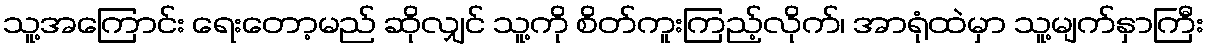
သူ့အကြောင်း ရေးတော့မည် ဆိုလျှင် သူ့ကို စိတ်ကူးကြည့်လိုက်၊ အာရုံထဲမှာ သူ့မျက်နှာကြီး